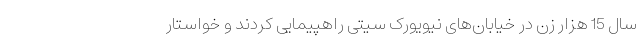
سال 15 هزار زن در خیابان‌های نیویورک سیتی راهپیمایی کردند و خواستار